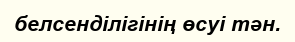
белсенділігінің өсуі тән.